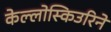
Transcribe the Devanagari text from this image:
केल्लोस्किउरिने